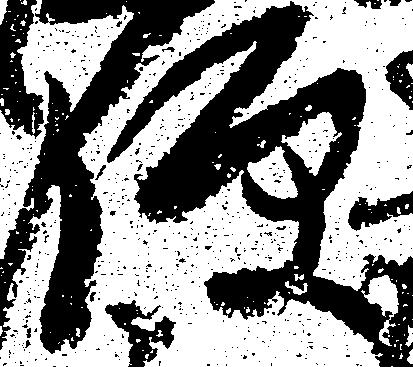
便